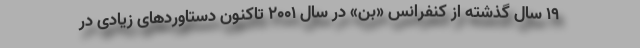
۱۹ سال گذشته از کنفرانس «بن» در سال ۲۰۰۱ تاکنون دستاوردهای زیادی در